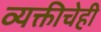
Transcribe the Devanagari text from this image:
व्यक्तीचेही